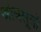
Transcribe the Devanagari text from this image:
श्रोत्रसूत्रों